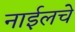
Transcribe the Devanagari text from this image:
नाईलचे